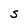
Character: s